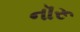
નૉરૂ